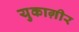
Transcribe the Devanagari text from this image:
युकाग़ीर